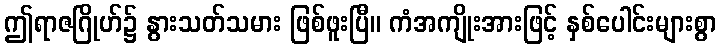
ဤရာဇဂြိုဟ်၌ နွားသတ်သမား ဖြစ်ဖူးပြီ။ ကံအကျိုးအားဖြင့် နှစ်ပေါင်းများစွာ